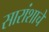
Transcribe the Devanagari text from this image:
सारांशाचे